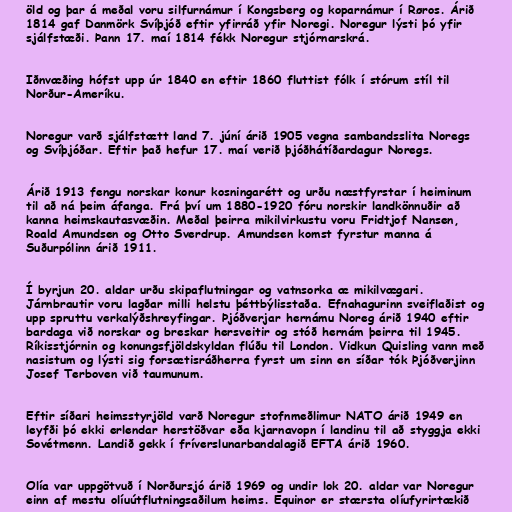
öld og þar á meðal voru silfurnámur í Kongsberg og koparnámur í Røros. Árið
1814 gaf Danmörk Svíþjóð eftir yfirráð yfir Noregi. Noregur lýsti þó yfir
sjálfstæði. Þann 17. maí 1814 fékk Noregur stjórnarskrá.

Iðnvæðing hófst upp úr 1840 en eftir 1860 fluttist fólk í stórum stíl til
Norður-Ameríku.

Noregur varð sjálfstætt land 7. júní árið 1905 vegna sambandsslita Noregs
og Svíþjóðar. Eftir það hefur 17. maí verið þjóðhátíðardagur Noregs.

Árið 1913 fengu norskar konur kosningarétt og urðu næstfyrstar í heiminum
til að ná þeim áfanga. Frá því um 1880-1920 fóru norskir landkönnuðir að
kanna heimskautasvæðin. Meðal þeirra mikilvirkustu voru Fridtjof Nansen,
Roald Amundsen og Otto Sverdrup. Amundsen komst fyrstur manna á
Suðurpólinn árið 1911.

Í byrjun 20. aldar urðu skipaflutningar og vatnsorka æ mikilvægari.
Járnbrautir voru lagðar milli helstu þéttbýlisstaða. Efnahagurinn sveiflaðist og
upp spruttu verkalýðshreyfingar. Þjóðverjar hernámu Noreg árið 1940 eftir
bardaga við norskar og breskar hersveitir og stóð hernám þeirra til 1945.
Ríkisstjórnin og konungsfjöldskyldan flúðu til London. Vidkun Quisling vann með
nasistum og lýsti sig forsætisráðherra fyrst um sinn en síðar tók Þjóðverjinn
Josef Terboven við taumunum.

Eftir síðari heimsstyrjöld varð Noregur stofnmeðlimur NATO árið 1949 en
leyfði þó ekki erlendar herstöðvar eða kjarnavopn í landinu til að styggja ekki
Sovétmenn. Landið gekk í fríverslunarbandalagið EFTA árið 1960.

Olía var uppgötvuð í Norðursjó árið 1969 og undir lok 20. aldar var Noregur
einn af mestu olíuútflutningsaðilum heims. Equinor er stærsta olíufyrirtækið